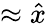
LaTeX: \approx\hat{x}